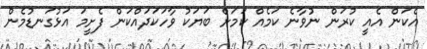
އެކަން އެއީ ކުރަން ނުވާނެ ކަމެއް ކަމަށް ބަޔަކު ވާހަކަދައްކަން ފެށީމަ އަޅުގަނޑުމެން